Plague in India, 1896, 1897 - Volume 4
Year: 1896
Disease focus: Plague
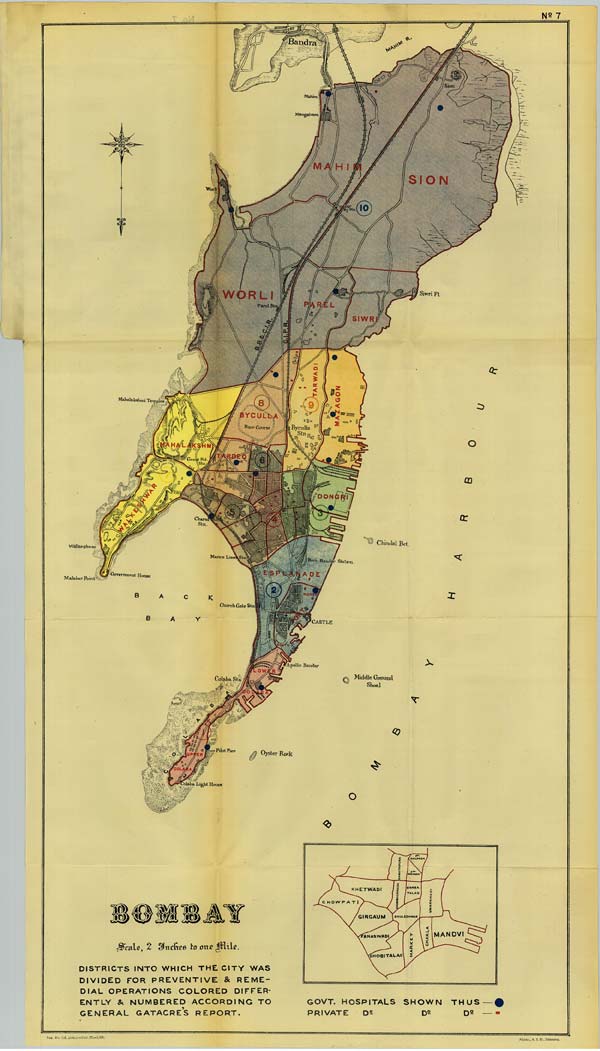
No: 7
Scale 2 Inches to one Mile.
DISTRICTS INTO WHICH THE CITY WAS
DIVIDED FOR PREVENTIVE & REME-
DIAL OPERATIONS COLORED DIFFER-
ENTLY & NUMBERED ACCORDING TO
GENERAL GATACRE's REPORT.
Reg. No. 616. Home.—Dec. 97.—1,000.
Photo., S. I. O., Calcutta.